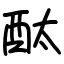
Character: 酞